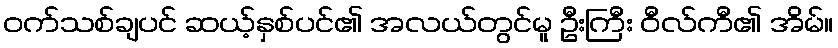
ဝက်သစ်ချပင် ဆယ့်နှစ်ပင်၏ အလယ်တွင်မူ ဦးကြီး ဝီလ်ကီ၏ အိမ်။